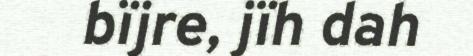
bïjre, jïh dah